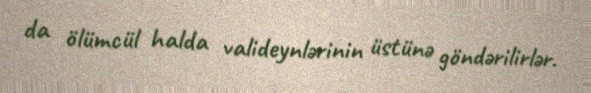
da ölümcül halda valideynlərinin üstünə göndərilirlər.